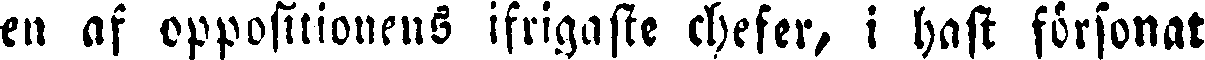
en af oppositionens ifrigaste chefer, i hast försonat